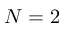
N = 2